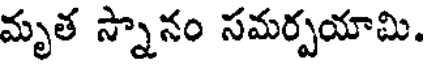
మృత స్నానం సమర్పయామి.